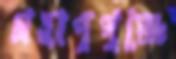
গ্রহাণুপুঞ্জে